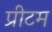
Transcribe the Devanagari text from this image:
प्रीटम